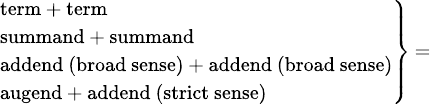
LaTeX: \scriptstyle\left.{\begin{array}{l}{\scriptstyle{\mathrm{term}}\, +\, {\mathrm{term}}}\\ {\scriptstyle{\mathrm{summand}}\, +\, {\mathrm{summand}}}\\ {\scriptstyle{\mathrm{addend~(broad~sense)}}\, +\, {\mathrm{addend~(broad~sense)}}}\\ {\scriptstyle{\mathrm{augend}}\, +\, {\mathrm{addend~(strict~sense)}}}\end{array}}\right\} \, =